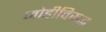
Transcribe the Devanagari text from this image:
जोडीविरुद्ध